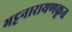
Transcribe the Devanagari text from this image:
भट्टनारायणकृत